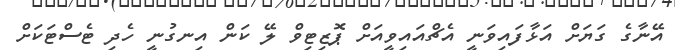
އޭނާގެ ގަޔަށް އަޅާފައިވަނީ އެޗްއައިވީއަށް ޕޮޒިޓިވް ލޭ ކަން އިނގުނީ ހެދި ޓެސްޓަކަށް